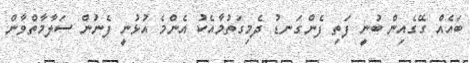
ބައެއް ގޭގެއިން ބުނީ ފަތި ފެންގަނޑު ދެމިގަތުމާއެކު އެންމެ އުޅުނީ ފެނުން ސަލާމާތްވާން